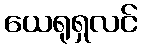
ယေရုရှလင်